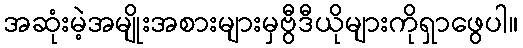
အဆုံးမဲ့အမျိုးအစားများမှဗွီဒီယိုများကိုရှာဖွေပါ။